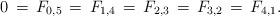
LaTeX: \begin{align*}0\,=\,F_{0,5}\,=\,F_{1,4}\,=\,F_{2,3}\,=\,F_{3,2}\,=\,F_{4,1}.\end{align*}